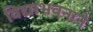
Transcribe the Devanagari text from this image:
विद्याभवनाने